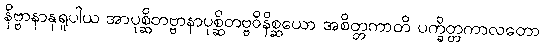
နိဗ္ဗာနာနုရူပါယ အာပုစ္ဆိတဗ္ဗာနာပုစ္ဆိတဗ္ဗဝိနိစ္ဆယော အစိတ္တကာတိ ပက္ခိတ္တကာလတော